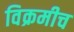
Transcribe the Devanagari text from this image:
विक्रमीच